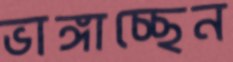
ভাঙ্গাচ্ছেন